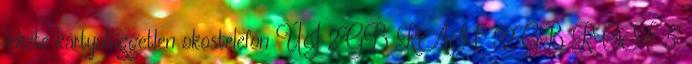
fekete kártyafüggetlen okostelefon ÚJ 2GB RAM 32GB ROM 5"